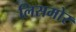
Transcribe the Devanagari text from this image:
लिसमोर